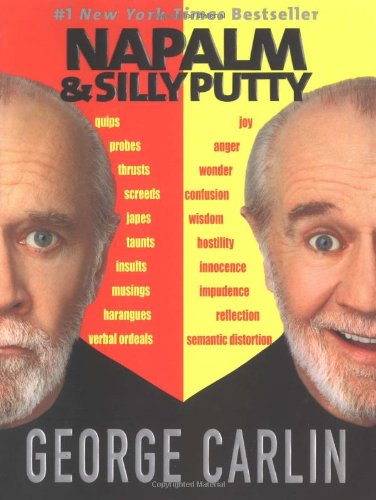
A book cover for Napalm & Silly Putty; George Carlin; Humor & Entertainment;